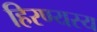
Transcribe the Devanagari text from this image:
हिरण्यस्य